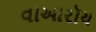
વાઆરૉય